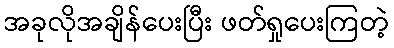
အခုလိုအချိန်ပေးပြီး ဖတ်ရှုပေးကြတဲ့